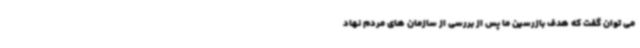
می توان گفت که هدف بازرسین ما پس از بررسی از سازمان های مردم نهاد